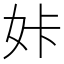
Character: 𡛨